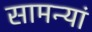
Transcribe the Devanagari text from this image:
सामन्यां